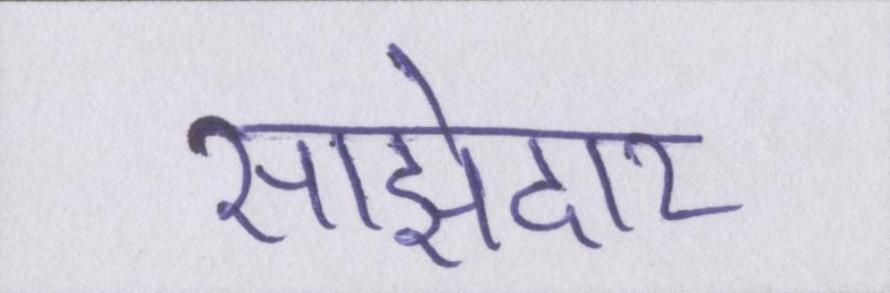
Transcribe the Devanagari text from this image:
साझेदार